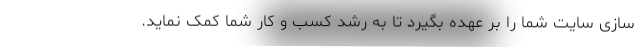
سازی سایت شما را بر عهده بگیرد تا به رشد کسب و کار شما کمک نماید.